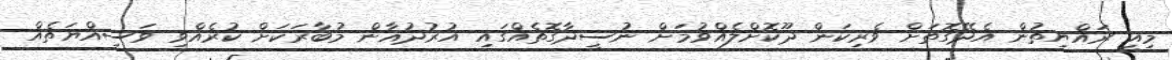
މިއީ ރައްޔިތުން އެދޭގޮތަށް ވެރިކަން ދޫކޮށްލެއްވުމަށް ނުސީދާގޮތެއްގައި އުރުދުޣާން މުބާރަކަށް ކުރެއްވި ވަސިއްޔަތެއް